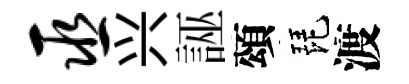
巫兴誣頌琵渡